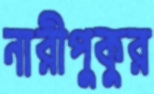
নারীপুকুর